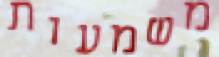
משמעות